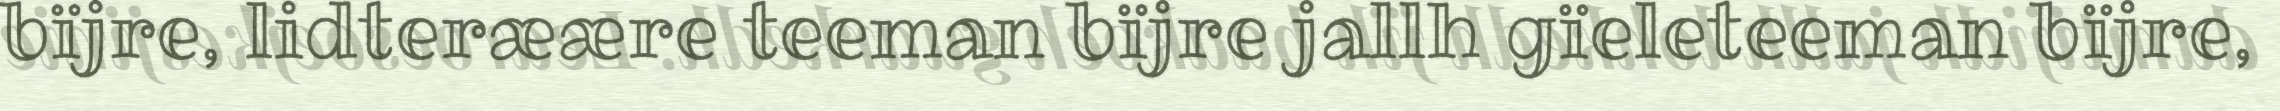
bïjre, lidteræære teeman bïjre jallh gïeleteeman bïjre,